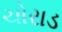
ચોરાડ